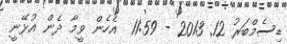
ޑިސެމްބަރު 12